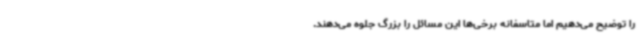
را توضیح می‌دهیم اما متاسفانه برخی‌ها این مسائل را بزرگ جلوه می‌دهند.